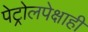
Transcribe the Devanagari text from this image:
पेट्रोलपेक्षाही